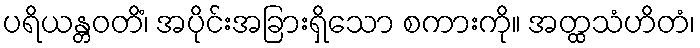
ပရိယန္တဝတိံ၊ အပိုင်းအခြားရှိသော စကားကို။ အတ္ထသံဟိတံ၊